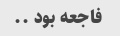
فاجعه بود ..